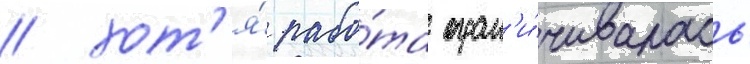
/ хот'я́ рабо́та огран'и́чивалась